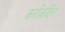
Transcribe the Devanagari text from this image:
करकिर्दीत